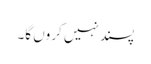
پسند نہیں کروں گا۔